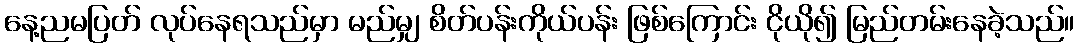
နေ့ညမပြတ် လုပ်နေရသည်မှာ မည်မျှ စိတ်ပန်းကိုယ်ပန်း ဖြစ်ကြောင်း ငိုယို၍ မြည်တမ်းနေခဲ့သည်။